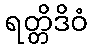
ရတ္တိဒိဝံ